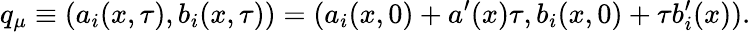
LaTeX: q_{\mu}\equiv(a_{i}(x,\tau),b_{i}(x,\tau))=(a_{i}(x,0)+a^{\prime}(x)\tau,b_{i}(x,0)+\tau b_{i}^{\prime}(x)).